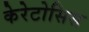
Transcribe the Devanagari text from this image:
केरेटोसिस